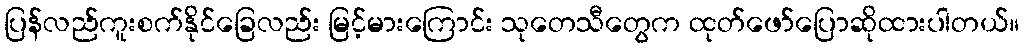
ပြန်လည်ကူးစက်နိုင်ခြေလည်း မြင့်မားကြောင်း သုတေသီတွေက ထုတ်ဖော်ပြောဆိုထားပါတယ်။